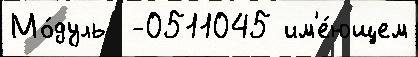
Мо́дуль  -0511045 им'е́ющем